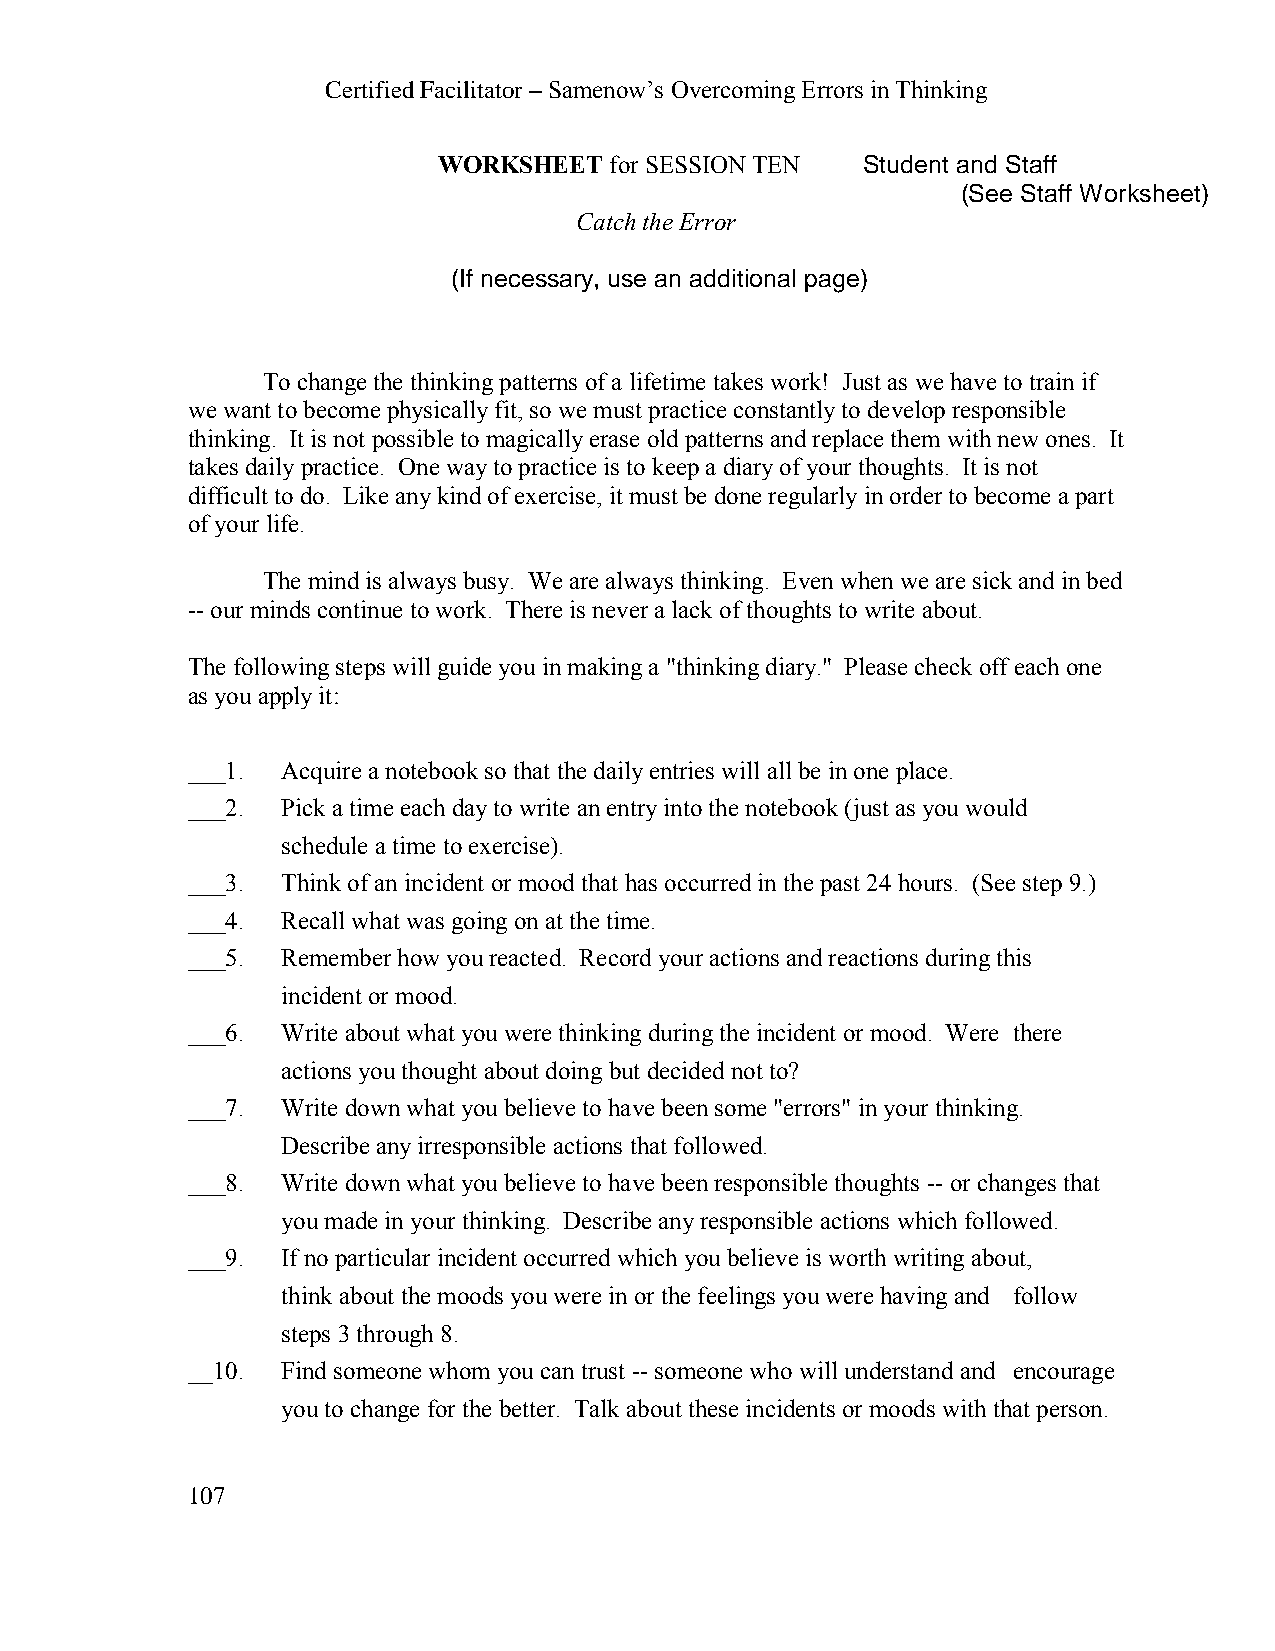
Certified Facilitator – Samenow’s Overcoming Errors in Thinking
 WORKSHEET  for SESSION TEN  Student and Staff
 (See Staff Worksheet)
 Catch the Error
 (If necessary, use an additional page)
 To change the thinking patterns of a lifetime takes work! Just as we have to train if
 we want to become physically fit, so we must practice constantly to develop responsible
 thinking. It is not possible to magically erase old patterns and replace them with new ones. It
 takes daily practice. One way to practice is to keep a diary of your thoughts. It is not
 difficult to do. Like any kind of exercise, it must be done regularly in order to become a part
 of your life.
 The mind is always busy. We are always thinking. Even when we are sick and in bed
 -- our minds continue to work. There is never a lack of thoughts to write about.
 The following steps will guide you in making a "thinking diary." Please check off each one
 as you apply it:
 ___1.  Acquire a notebook so that the daily entries will all be in one place.
 ___2.  Pick a time each day to write an entry into the notebook (just as you would
 schedule a time to exercise).
 ___3.  Think of an incident or mood that has occurred in the past 24 hours. (See step 9.)
 ___4.  Recall what was going on at the time.
 ___5.  Remember how you reacted. Record your actions and reactions during this
 incident or mood.
 ___6.  Write about what you were thinking during the incident or mood. Were there
 actions you thought about doing but decided not to?
 ___7.  Write down what you believe to have been some "errors" in your thinking.
 Describe any irresponsible actions that followed.
 ___8.  Write down what you believe to have been responsible thoughts -- or changes that
 you made in your thinking. Describe any responsible actions which followed.
 ___9.  If no particular incident occurred which you believe is worth writing about,
 think about the moods you were in or the feelings you were having and follow
 steps 3 through 8.
 __10.  Find someone whom you can trust -- someone who will understand and encourage
 you to change for the better. Talk about these incidents or moods with that person.
 107